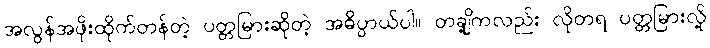
အလွန်အဖိုးထိုက်တန်တဲ့ ပတ္တမြားဆိုတဲ့ အဓိပ္ပာယ်ပါ။ တချို့ကလည်း လိုတရ ပတ္တမြားလို့